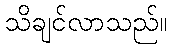
သိချင်လာသည်။